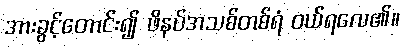
အားခွင့်တောင်း၍ ဖိနပ်အသစ်တစ်ရံ ဝယ်ရလေ၏။